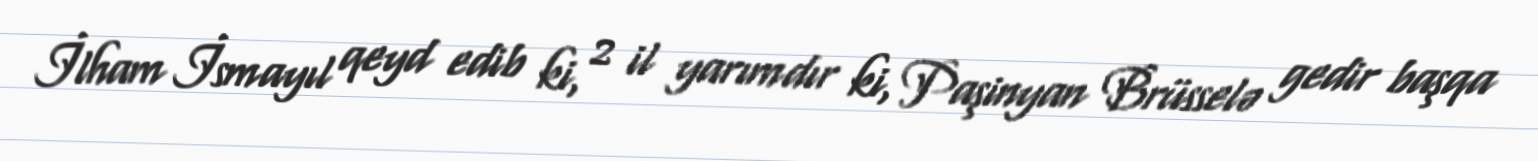
İlham İsmayıl qeyd edib ki, 2 il yarımdır ki, Paşinyan Brüsselə gedir başqa